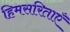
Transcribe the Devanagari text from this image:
हिमसरिताएँ